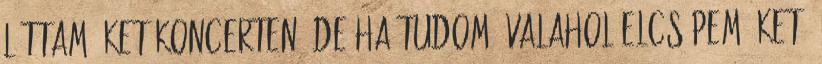
láttam őket koncerten, de ha tudom, valahol elcsí­pem őket,